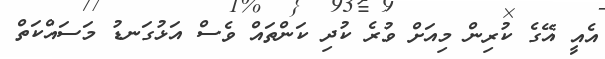
އެއީ އޭގެ ކުރިން މިއަށް ވުރެ ކުދި ކަންތައް ވެސް އަޅުގަނޑު މަސައްކަތް